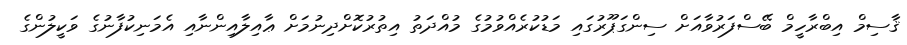
ޤާސިމް އިބްރާހީމް ބޭސްފަރުވާއަށް ސިންގަޕޫރުގައި މަޑުކުރެއްވުމުގެ މުއްދަތު އިތުރުކޮށްދިނުމަށް ޢާއިލާއިންނާއި އެމަނިކުފާނުގެ ވަކީލުންގެ